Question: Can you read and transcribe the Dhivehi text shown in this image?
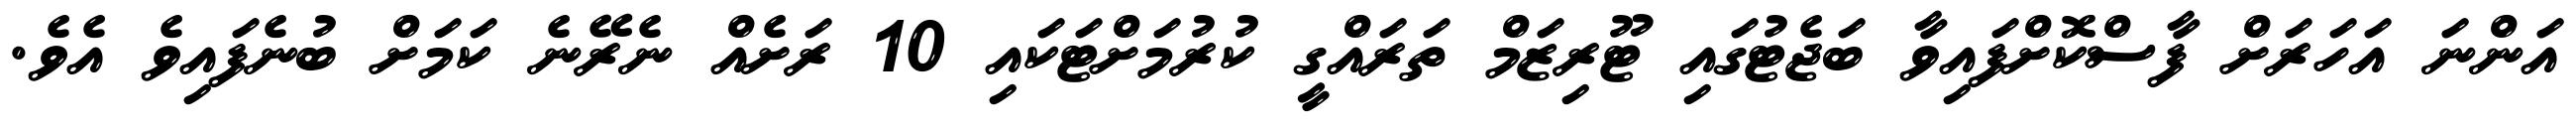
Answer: އަންނަ އަހަރަށް ފާސްކޮށްފައިވާ ބަޖެޓުގައި ޓޫރިޒަމް ތަރައްގީ ކުރުމަށްޓަކައި 10 ރަށެއް ނެރޭނެ ކަމަށް ބުނެފައިވެ އެވެ.